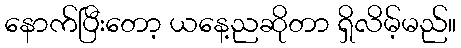
နောက်ပြီးတော့ ယနေ့ညဆိုတာ ရှိလိမ့်မည်။